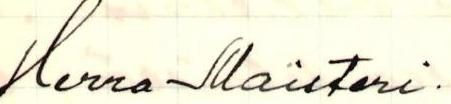
Herra Maisteri.